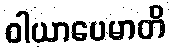
ဝါယာပေမာတိ